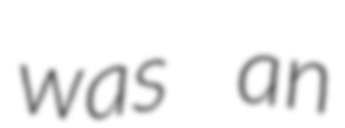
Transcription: was an